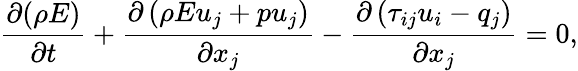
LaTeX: \frac{\partial(\rho E)}{\partial t}+\frac{\partial\left(\rho Eu_{j}+pu_{j}\right)}{\partial x_{j}}-\frac{\partial\left(\tau_{ij}u_{i}-q_{j}\right)}{\partial x_{j}}=0,